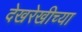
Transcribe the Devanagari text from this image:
देखरेखीच्या